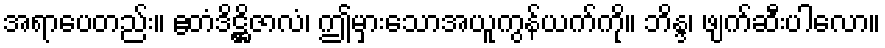
အရာပေတည်း။ ဧတံဒိဋ္ဌိဇာလံ၊ ဤမှားသောအယူကွန်ယက်ကို။ ဘိန္ဒ၊ ဖျက်ဆီးပါလော။